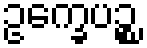
ဥက္ခေပဉ္စ